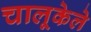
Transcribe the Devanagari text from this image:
चालूकेले